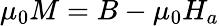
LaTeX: \mu_{0}M=B-\mu_{0}H_{a}